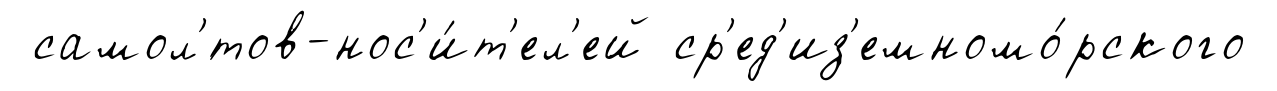
самол'́тов-нос'и́т'ел'ей ср'ед'из'емномо́рского